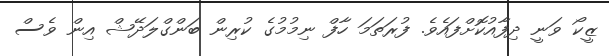
ޒީކޯ ވަނީ ދިފާއުކޮށްފައެވެ. ފުރަތަމަ ހާފް ނިމުމުގެ ކުރިން ބަންގްލަދޭޝް އިން ވެސް